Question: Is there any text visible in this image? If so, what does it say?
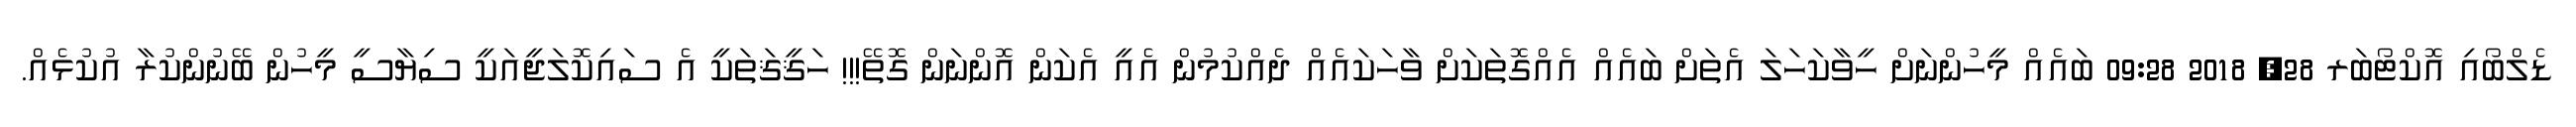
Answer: ޑެލްބޯއި އޮކްޓޯބަރ 28, 2018 09:28 ބައެއް މީހުންނަށް ހީވާކަހަލަ އެތަށް ބައެއް އެއްގޮތަކަށް ވާހަކައެއް ދެއްކުމުން އެއީ އެކަން އޮންނަން ގޮތޭ!!! ހަޤީޤަތަކީ އެ ސައިކޮލަޖީއަކީ ސިޔާސީ މީހުން ބޭނުންކުރާ އުކުޅެއް.